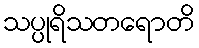
သပ္ပုရိသတရောတိ